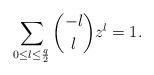
LaTeX: \begin{align*}\sum_{0\le l\le\frac q2}\binom{-l}lz^l=1.\end{align*}